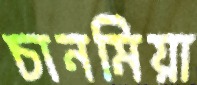
চানমিয়া